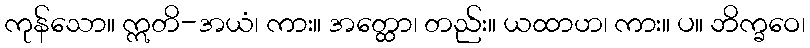
ကုန်သော။ ဣတိ-အယံ၊ ကား။ အတ္ထော၊ တည်း။ ယထာဟ၊ ကား။ ပ။ ဘိက္ခဝေ၊